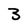
Character: 3